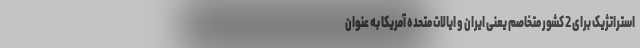
استراتژیک برای 2 کشور متخاصم یعنی ایران و ایالات متحده آمریکا به عنوان